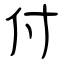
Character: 付